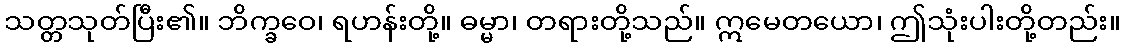
သတ္တသုတ်ပြီး၏။ ဘိက္ခဝေ၊ ရဟန်းတို့။ ဓမ္မာ၊ တရားတို့သည်။ ဣမေတယော၊ ဤသုံးပါးတို့တည်း။